Indian journal of veterinary science and animal husbandry - Volume 7,
Year: 1937
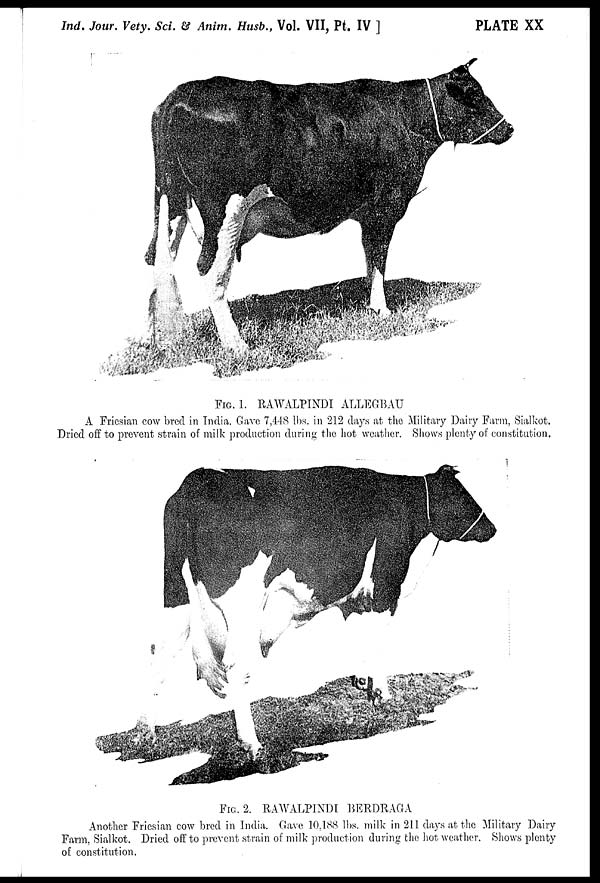
Ind. Jour. Vety. Sci. & Anim. Husb., Vol. VII, Pt. IV ]
PLATE XX
FIG. 1. RAWALPINDI ALLEGBAU
A Friesian cow bred in India. Gave 7,448 lbs. in 212 days at the Military Dairy Farm, Sialkot.
Dried off to prevent strain of milk production during the hot weather. Shows plenty of constitution.
FIG. 2. RAWALPINDI BERDRAGA
Another Friesian cow bred in India. Gave 10,188 lbs. milk in 211 days at the Military Dairy
Farm, Sialkot. Dried off to prevent strain of milk production during the hot weather. Shows plenty
of constitution.